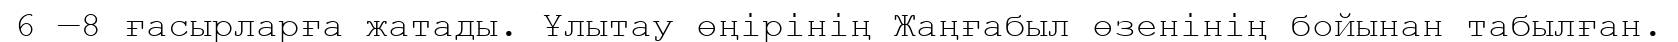
6 —8 ғасырларға жатады. Ұлытау өңірінің Жаңғабыл өзенінің бойынан табылған.